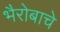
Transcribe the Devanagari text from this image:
भैरोबाचे